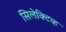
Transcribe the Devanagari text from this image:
सिलेक्टिव्ह